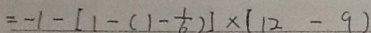
= - 1 - [ 1 - ( 1 - \frac { 1 } { 6 } ) ] \times ( 1 2 - 9 )